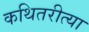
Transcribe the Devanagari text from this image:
कथितरीत्या